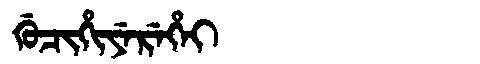
Manchu: ᡤᡠᠴᡳᡥᡳᠶᡝᡵᡝᡥᡝᡳ
Romanization: GUCIHIYEREHEI